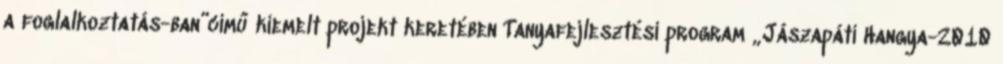
a foglalkoztatás-ban”című kiemelt projekt keretében Tanyafejlesztési program „Jászapáti Hangya-2010